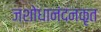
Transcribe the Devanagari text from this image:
जशोधानंदनकृत